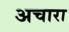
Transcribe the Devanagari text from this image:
अचारा